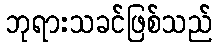
ဘုရားသခင်ဖြစ်သည်